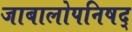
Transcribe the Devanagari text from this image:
जाबालोपनिषद्